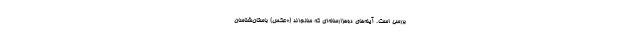
بررسی است. آینه‌های دوهزارساله‌ای که سالم‌اند (+عکس) باستان‌شناسان